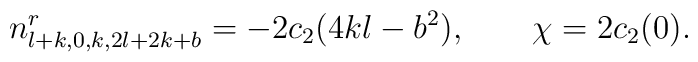
n^r_{l+k,0,k,2l+2k+b}=-2c_2(4kl-b^2),\ \ \ \ \ \ \chi=2c_2(0).